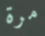
مرة